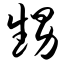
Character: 甥